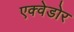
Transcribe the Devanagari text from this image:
एक्वेडोर